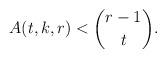
\begin{align*}A(t,k,r)< \binom{r-1}{t}.\end{align*}